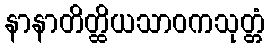
နာနာတိတ္ထိယသာဝကသုတ္တံ